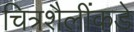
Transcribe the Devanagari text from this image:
चित्रशैलींकडे